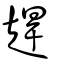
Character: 趕